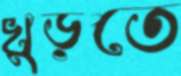
খুড়তে